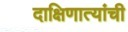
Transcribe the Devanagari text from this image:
दाक्षिणात्यांची